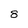
Character: 8